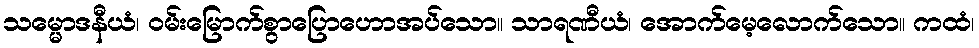
သမ္မောဒနီယံ၊ ဝမ်းမြောက်စွာပြောဟောအပ်သော။ သာရဏီယံ၊ အောက်မေ့လောက်သော။ ကထံ၊